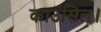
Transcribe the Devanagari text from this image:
काउंसिल।